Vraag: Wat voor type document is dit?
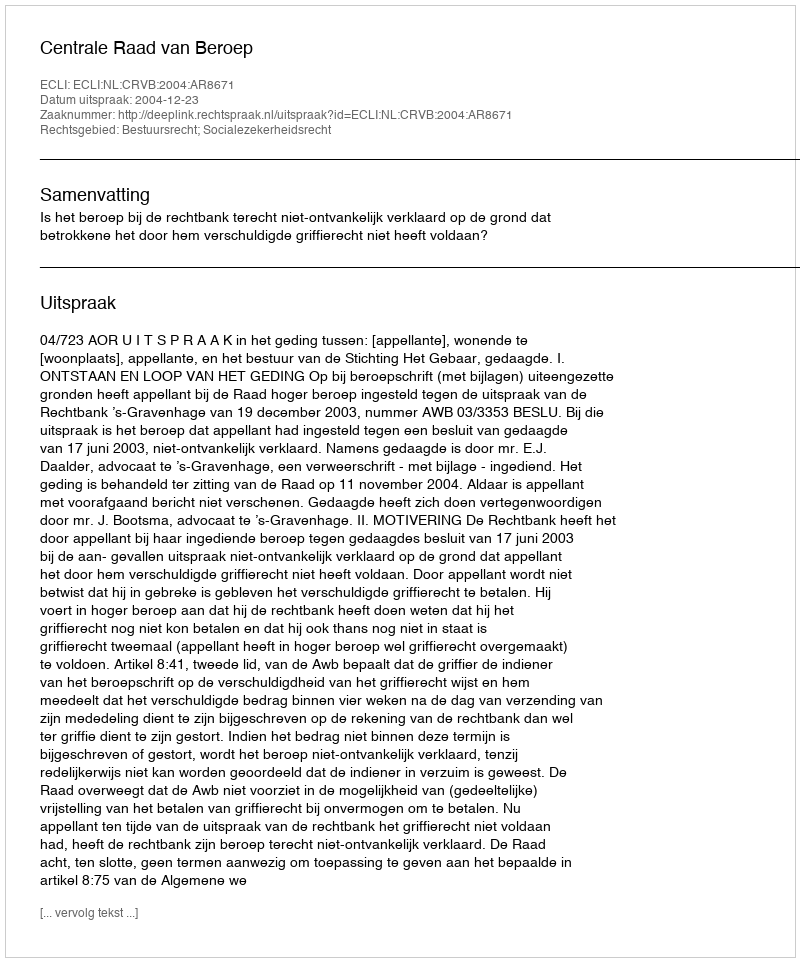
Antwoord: Uitspraak